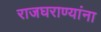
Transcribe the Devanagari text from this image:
राजघराण्यांना